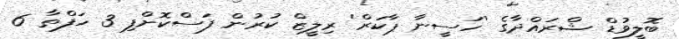
ބޮލީވުޑް ޝްރައްދާގެ 'ހަސީނާ ޕާކަރް' ރިލީޒް ކުރުން ފަސްކޮށްފި 3 ހަފްތާ 6